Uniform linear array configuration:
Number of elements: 12
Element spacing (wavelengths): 0.25
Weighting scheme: hann
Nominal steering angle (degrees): -45
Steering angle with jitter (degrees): -43.228
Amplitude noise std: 0.05
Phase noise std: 0.05

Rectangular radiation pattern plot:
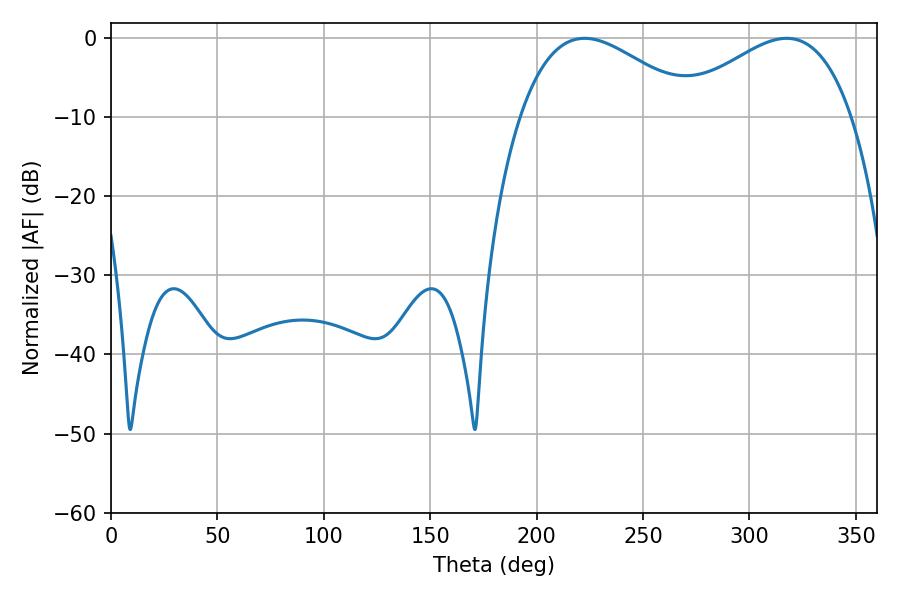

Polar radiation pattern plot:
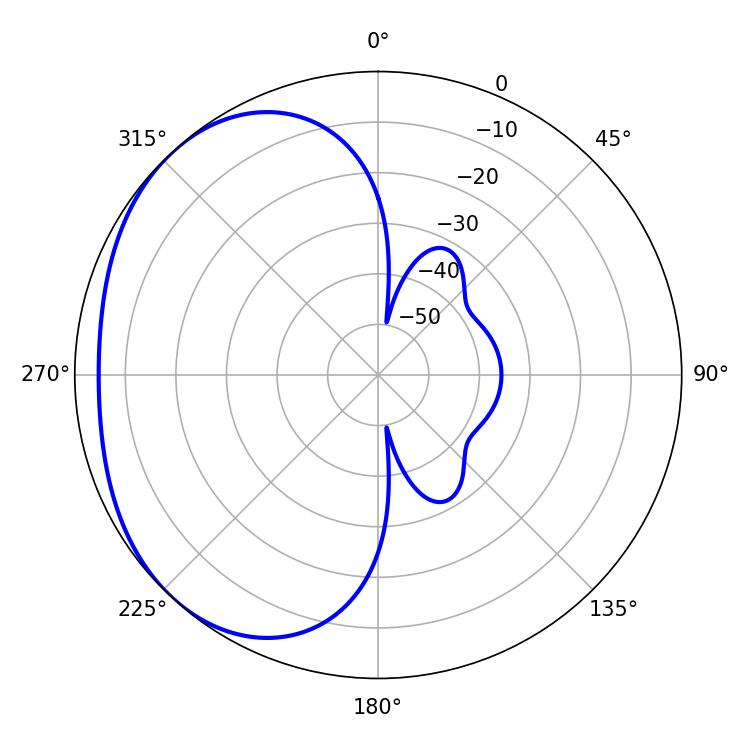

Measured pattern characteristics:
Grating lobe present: FALSE
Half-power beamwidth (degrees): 45
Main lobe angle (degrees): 317.52